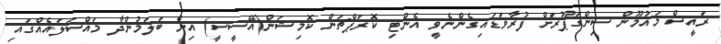
ރައީސް މައުމޫން ސިންގަޕޫރަށް ފުރާވަޑައިގެންނެވީ އެންޓި ކޮރަޕްޗަން ކޮމިޝަން(އޭސީސީ) އިން ބަލަމުންދާ މައްސަލައެއްގައި